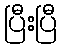
ပြီးပြီ